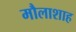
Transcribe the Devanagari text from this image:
मौलाशाह